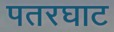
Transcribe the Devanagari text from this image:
पतरघाट